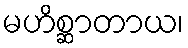
မဟိစ္ဆာတာယ၊